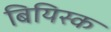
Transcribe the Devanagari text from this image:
बियिस्क